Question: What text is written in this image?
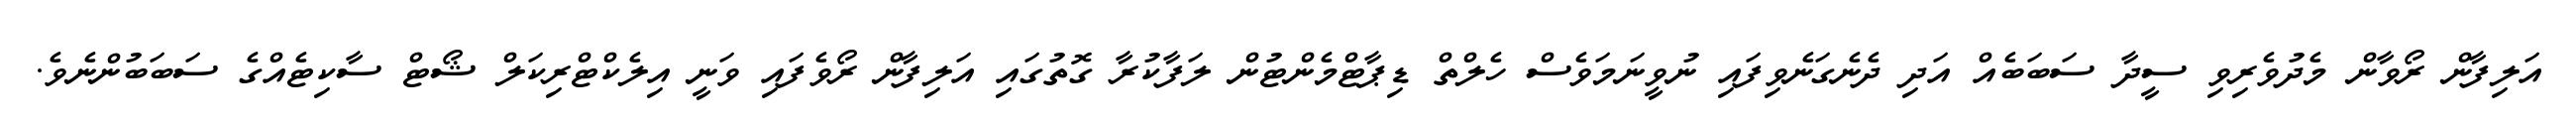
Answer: އަލިފާން ރޯވާން މެދުވެރިވި ސީދާ ސަބަބެއް އަދި ދެނެގަނެވިފައި ނުވީނަމަވެސް ހެލްތް ޑިޕާޓްމެންޓުން ލަފާކުރާ ގޮތުގައި އަލިފާން ރޯވެފައި ވަނީ އިލެކްޓްރިކަލް ޝޯޓް ސާކިޓެއްގެ ސަބަބުންނެވެ.